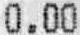
0.00